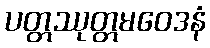
ပတ္တဿုတ္တမဝေဒနံ